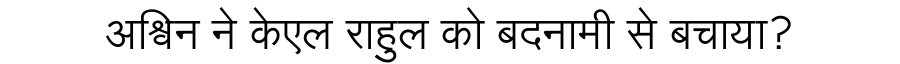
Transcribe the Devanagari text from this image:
अश्विन ने केएल राहुल को बदनामी से बचाया?